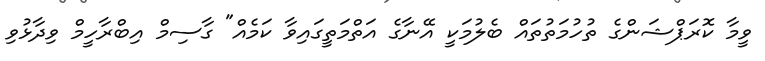
ވީމާ ކޮރަޕްޝަންގެ ތުހުމަތުތައް ބެލުމަކީ އޭނާގެ އަތްމަތީގައިވާ ކަމެއް" ގާސިމް އިބްރާހީމް ވިދާޅުވި